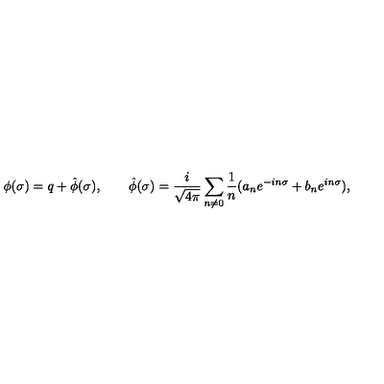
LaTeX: \phi ( \sigma ) = q + \hat { \phi } ( \sigma ) , \qquad \hat { \phi } ( \sigma ) = { \frac i { \sqrt { 4 \pi } } } \sum _ { n \ne 0 } { \frac 1 n } ( a _ { n } e ^ { - i n \sigma } + b _ { n } e ^ { i n \sigma } ) ,